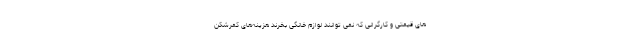
های قیمتی و کارگرانی که نمی‌ توانند لوازم خانگی بخرند هزینه‌های کمرشکن